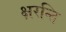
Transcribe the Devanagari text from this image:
क्षरन्ति